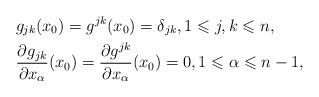
LaTeX: \begin{align*} & g_{jk}(x_0) = g^{jk}(x_0) = \delta_{jk},1 \leqslant j,k \leqslant n, \\ & \frac{\partial g_{jk}}{\partial x_\alpha}(x_0) = \frac{\partial g^{jk}}{\partial x_\alpha}(x_0) = 0, 1 \leqslant \alpha \leqslant n-1,\end{align*}